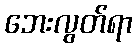
ဘေးလွတ်ရာ